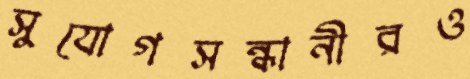
সুযোগসন্ধানীরও